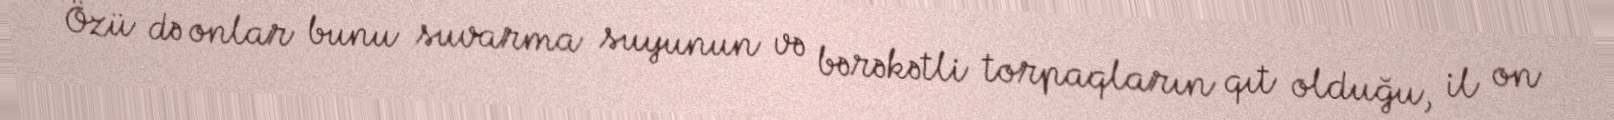
Özü də onlar bunu suvarma suyunun və bərəkətli torpaqların qıt olduğu, il on